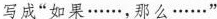
写成”如果……，那么……”